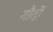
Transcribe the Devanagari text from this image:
गौदों